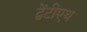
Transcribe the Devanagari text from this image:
ट्वेंटीएथ